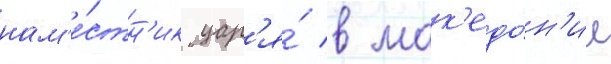
нам'е́стн'ик цар'я́ в мак'едо́н'ии